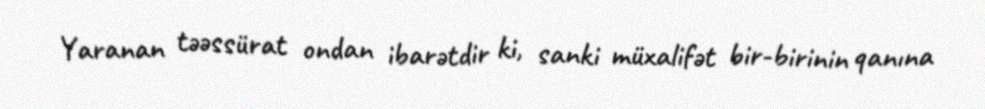
Yaranan təəssürat ondan ibarətdir ki, sanki müxalifət bir-birinin qanına